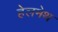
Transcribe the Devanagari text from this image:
हेलमेथ